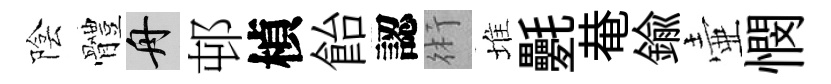
陰體舟邨楨飴認術堆氎𤲅鍮壷憫